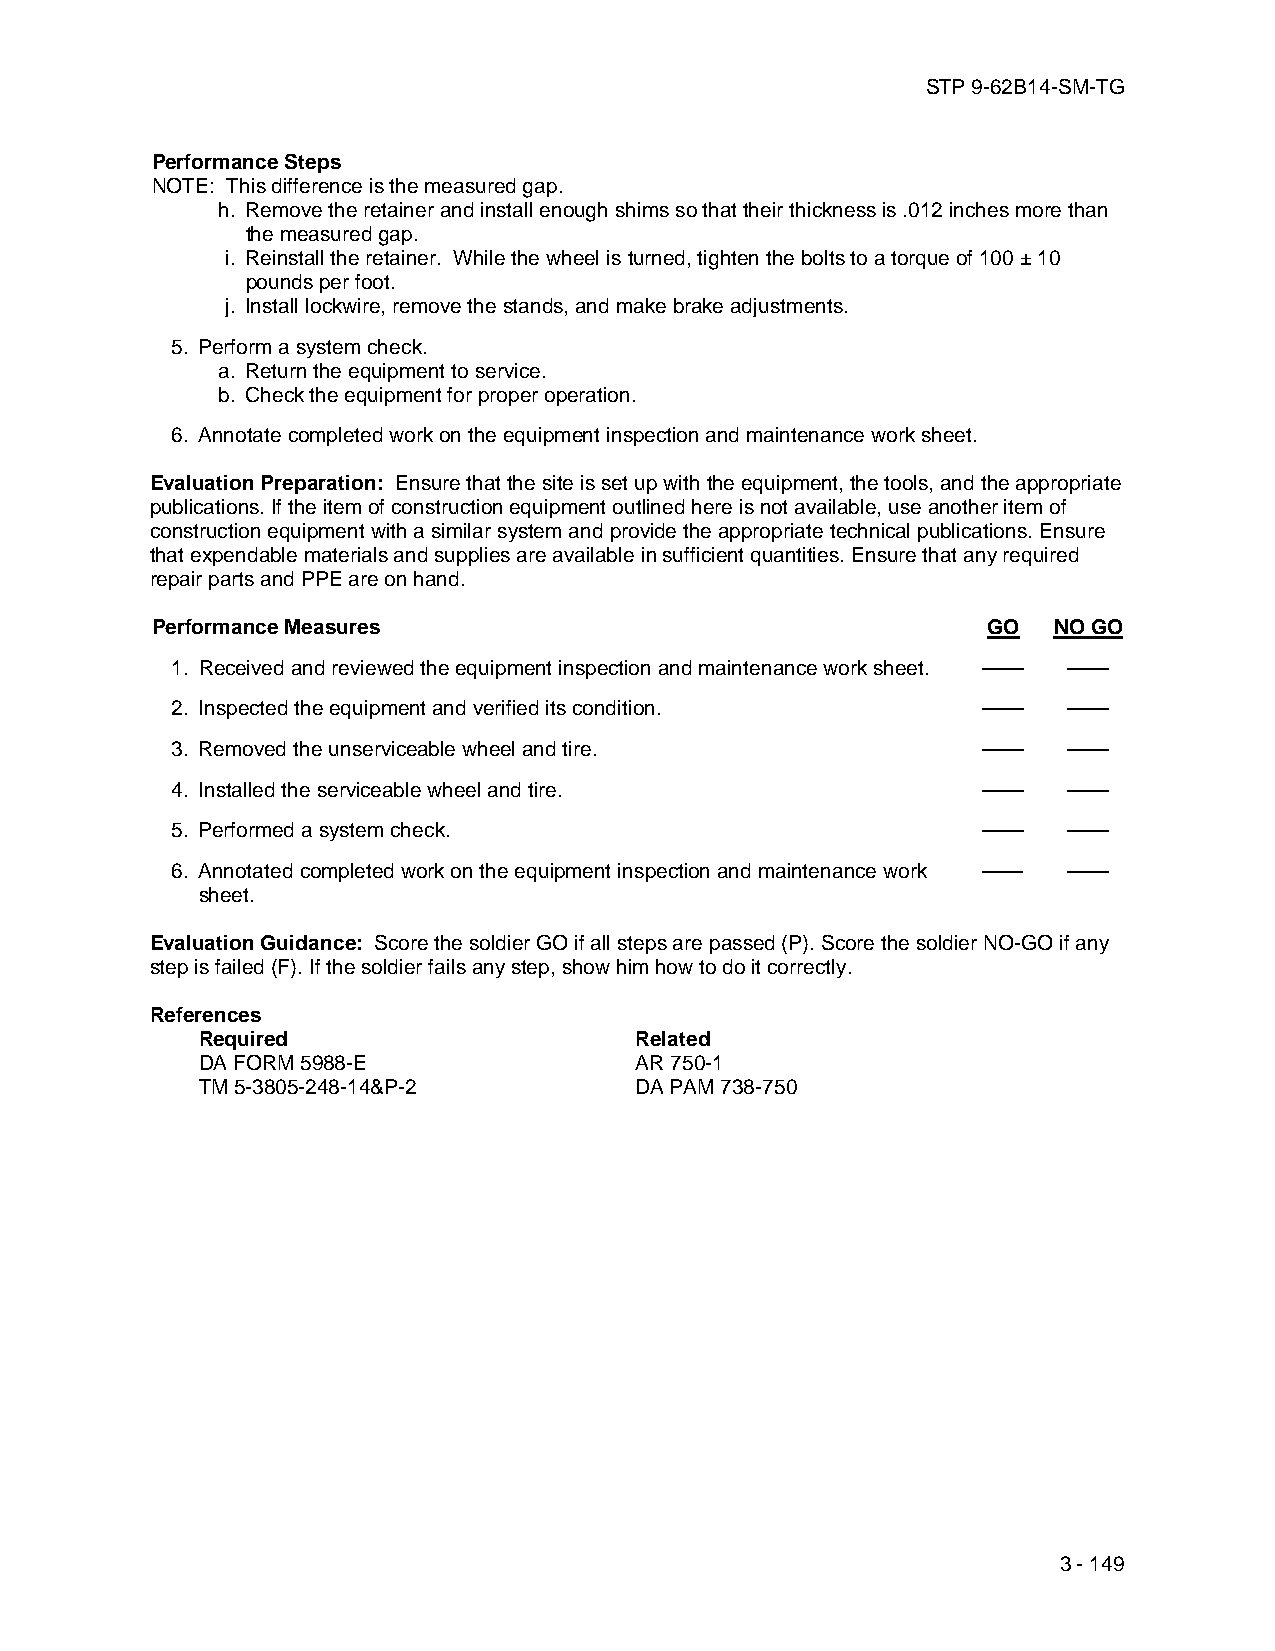
STP 9-62B14-SM-TG
 Performance Steps
 NOTE: This difference is the measured gap.
 h. Remove the retainer and install enough shims so that their thickness is .012 inches more than
 the measured gap.
 i. Reinstall the retainer. While the wheel is turned, tighten the bolts to a torque of 100 ± 10
 pounds per foot.
 j. Install lockwire, remove the stands, and make brake adjustments.
 5. Perform a system check.
 a. Return the equipment to service.
 b. Check the equipment for proper operation.
 6. Annotate completed work on the equipment inspection and maintenance work sheet.
 Evaluation Preparation: Ensure that the site is set up with the equipment, the tools, and the appropriate
 publications. If the item of construction equipment outlined here is not available, use another item of
 construction equipment with a similar system and provide the appropriate technical publications. Ensure
 that expendable materials and supplies are available in sufficient quantities. Ensure that any required
 repair parts and PPE are on hand.
 Performance Measures                                   GO   NO GO
 1. Received and reviewed the equipment inspection and maintenance work sheet. —— ——
 2. Inspected the equipment and verified its condition. ——   ——
 3. Removed the unserviceable wheel and tire.          ——    ——
 4. Installed the serviceable wheel and tire.          ——    ——
 5. Performed a system check.                          ——    ——
 6. Annotated completed work on the equipment inspection and maintenance work —— ——
 sheet.
 Evaluation Guidance: Score the soldier GO if all steps are passed (P). Score the soldier NO-GO if any
 step is failed (F). If the soldier fails any step, show him how to do it correctly.
 References
 Required                     Related
 DA FORM 5988-E               AR 750-1
 TM 5-3805-248-14&P-2         DA PAM 738-750
 3 - 149